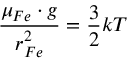
\frac { \mu _ { F e } \cdot g } { r _ { F e } ^ { 2 } } = \frac { 3 } { 2 } k T